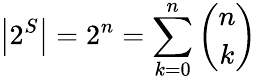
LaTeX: \left|2^{S}\right|=2^{n}=\sum_{k=0}^{n}{\binom{n}{k}}